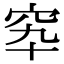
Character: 𥤿